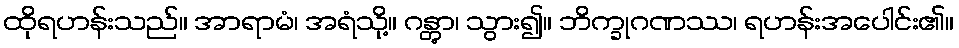
ထိုရဟန်းသည်။ အာရာမံ၊ အရံသို့။ ဂန္တွာ၊ သွား၍။ ဘိက္ခုဂဏဿ၊ ရဟန်းအပေါင်း၏။